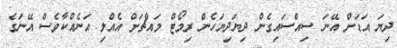
ދިޔަ އަޑަށް އޭނަ ސިއްސައިގެން ދިޔަދިޔަހެން ރިމޯޓް މައްޗަށް އެއްލި އަނެއްކާވެސް އޭނަގެ